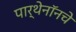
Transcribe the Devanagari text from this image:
पार्थेनॉनचे